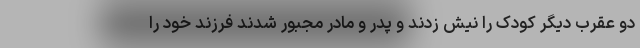
دو عقرب دیگر کودک را نیش زدند و پدر و مادر مجبور شدند فرزند خود را